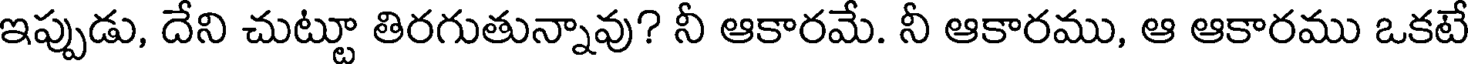
ఇప్పుడు, దేని చుట్టూ తిరగుతున్నావు? నీ ఆకారమే. నీ ఆకారము, ఆ ఆకారము ఒకటే